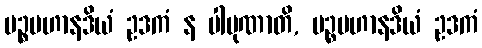
ပဉ္စမဟာနဒိယံ ဥဒကံ န ပါပုဏာတိ, ပဉ္စမဟာနဒိယံ ဥဒကံ